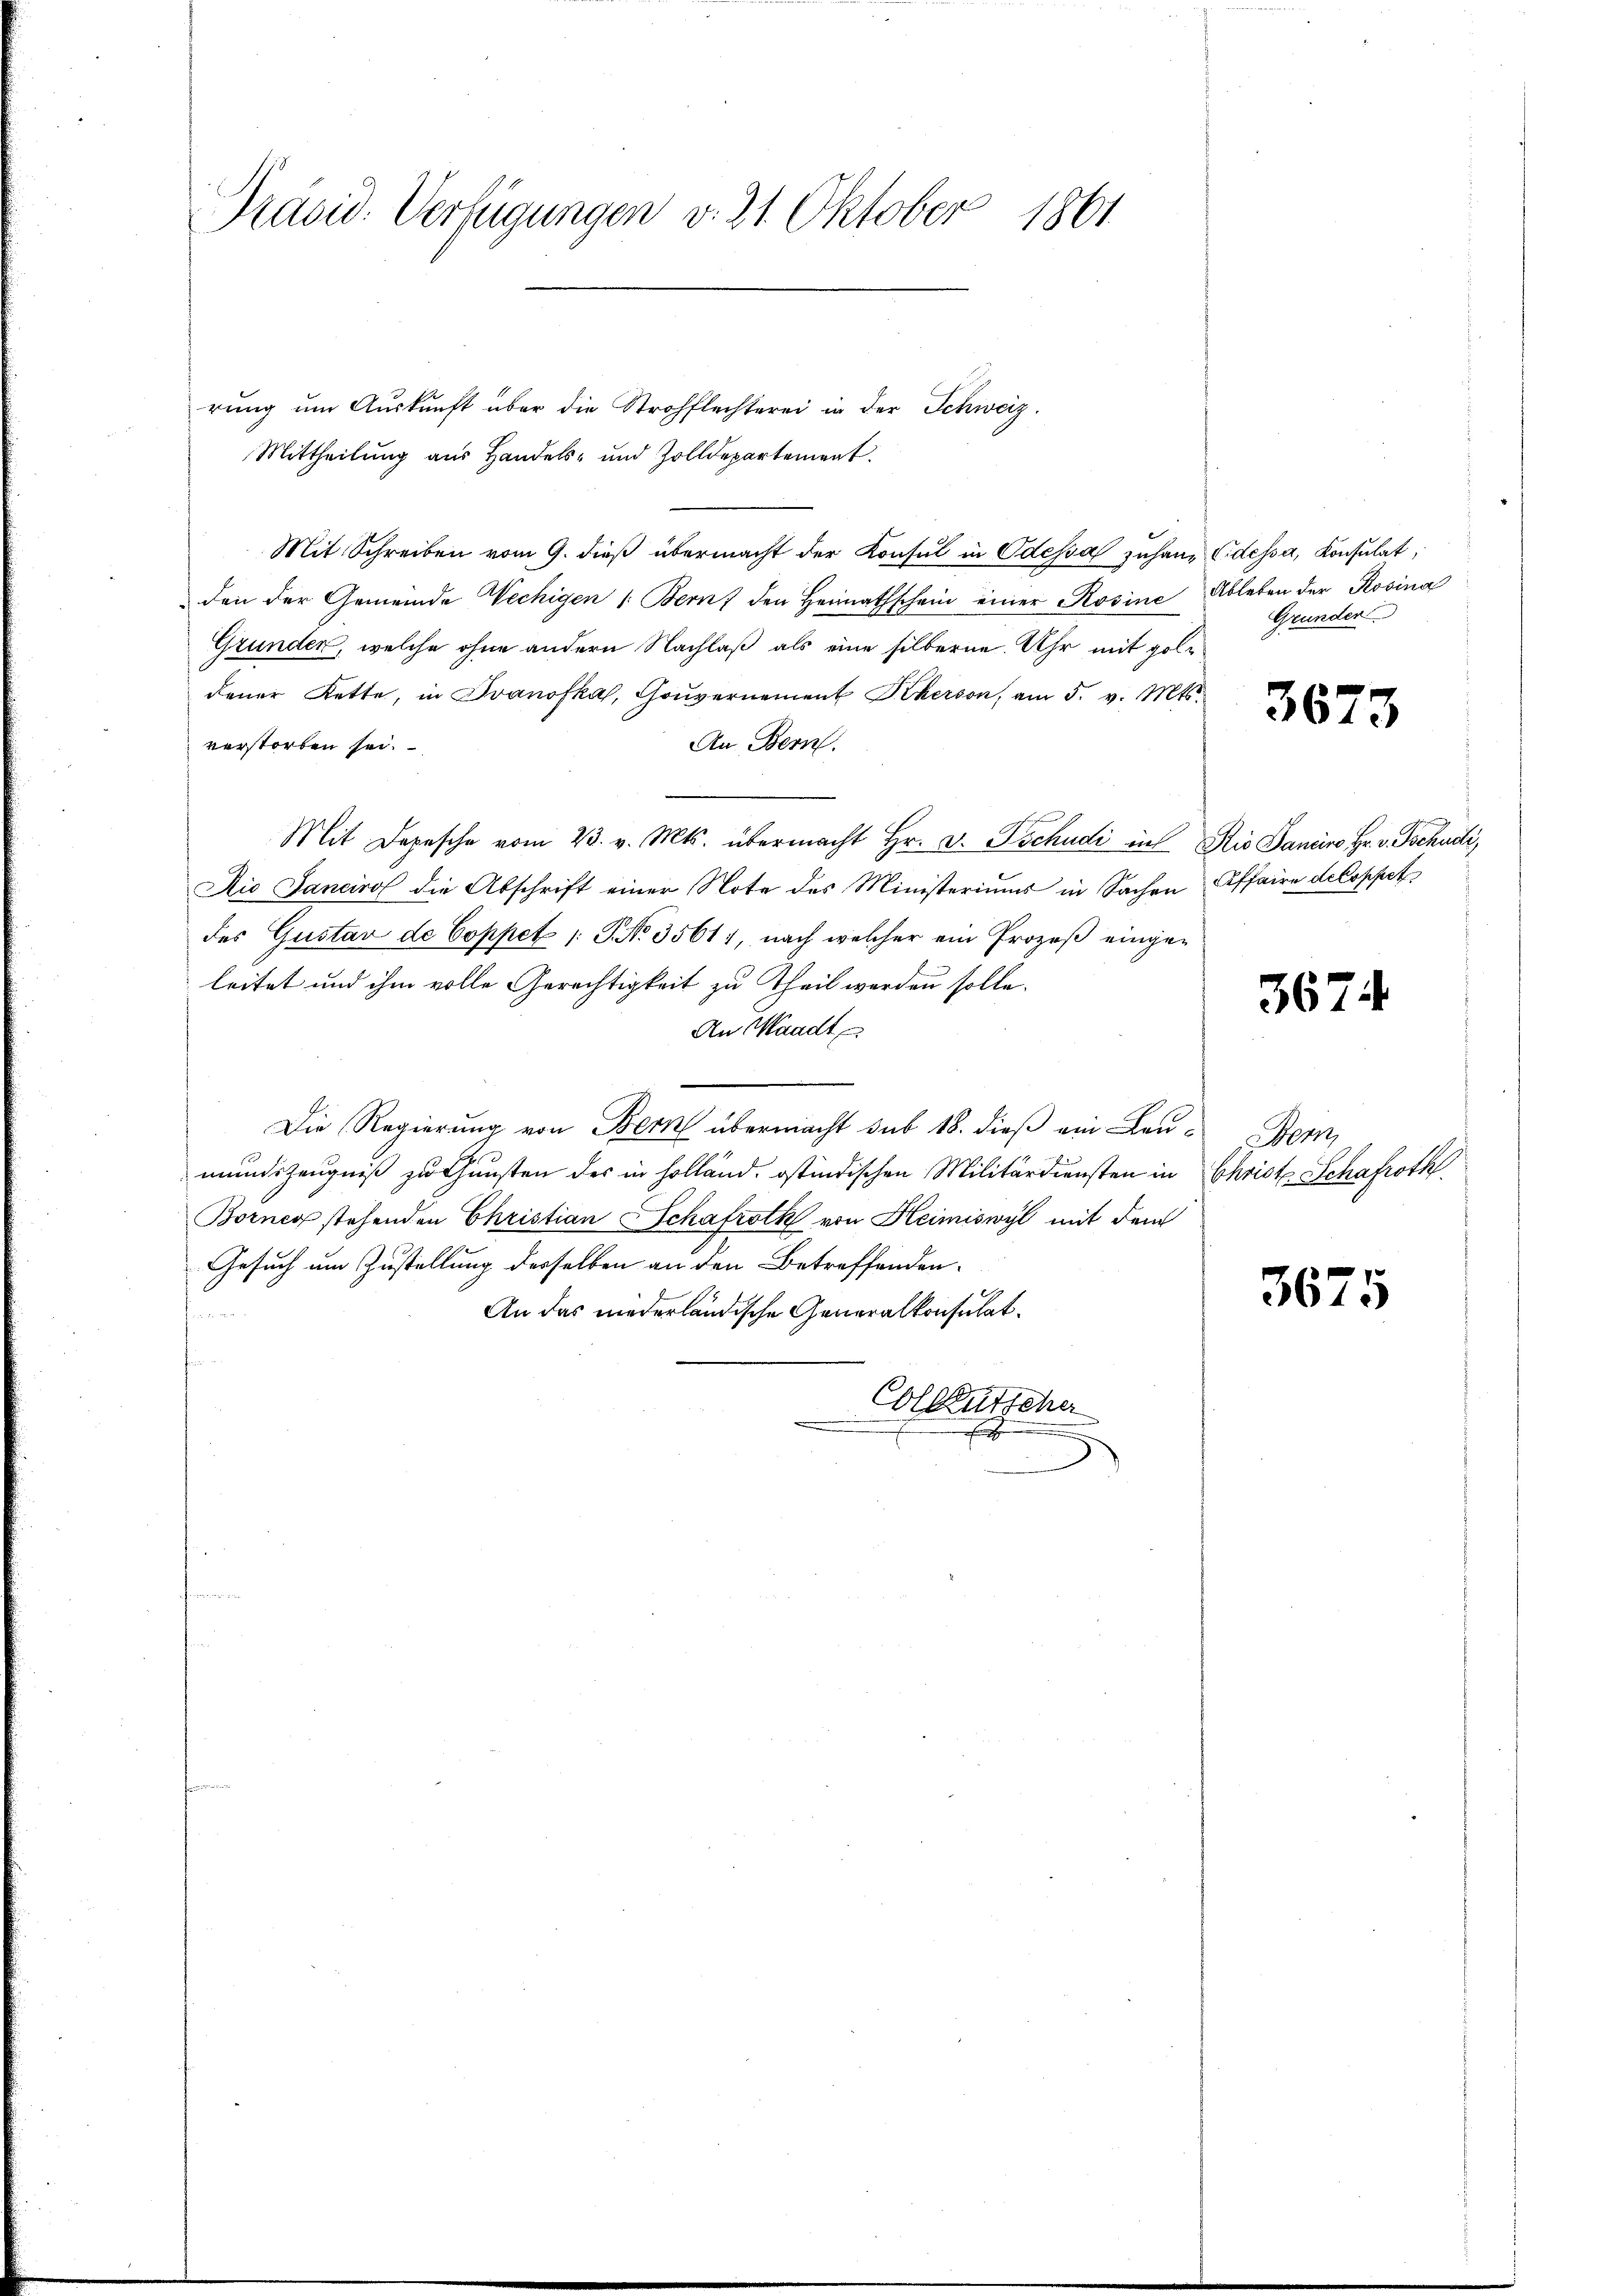
Präsid. Verfügungen v. 21. Oktober 1861

rŭng ŭm Aŭskŭnft über die Strohflechterei in der Schweiz.
Mittheilung aus Handels- und Zolldepartement.
Mit Schreiben vom 9. dieß übermacht der Konsul in Odessa zuhang dessa, Konsulat,
den der Gemeinde Wechigen /: Bern den Heimathschein einer Rosine Ableben der Rosina
Grunden, welche ohne andern Nachlaß als eine silberne. Uhr mit poldener Kette, in Ivanofka, Gouvernement Kherson, am 5. v. Mts.
An Bern.
verstorben sei.
Mit Depesche vom 23. v. Mts. übermacht Hr. v. Tschudi in Rio Daneiro Hr. v. Tschudi,
Die Sancirol die Abschrift einer Note des Ministeriums in Sachen Affaire dekoppet
des Gustav de Coppet /: P. No. 3561), nach welcher ein Prozeß eingeleitet und ihm volle Gerechtigkeit zu Theil werden solle.
An Waadt e
Die Regierŭng von Bern übermacht sub 18. dieβ ein Leŭ- Bern,
mundszeugniß zu thunsten des in Holländ. ostindischen Militärdiensten in Christ Schafroth
Borner stehenden Christian Schafroth von Heimiswyl mit dem
Gesuch um Zustellung desselben an den Betreffenden-
An das niederländische Generalkonsulat.
fin
Colleutsche
J

Grunder

3673

367

3675